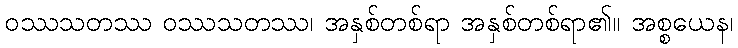
ဝဿသတဿ ဝဿသတဿ၊ အနှစ်တစ်ရာ အနှစ်တစ်ရာ၏။ အစ္စယေန၊